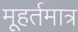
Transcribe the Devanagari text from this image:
मूहर्तमात्र